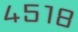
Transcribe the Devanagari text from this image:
४५१८